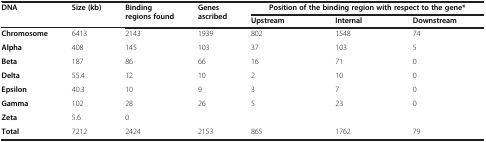
<table><thead><tr><td rowspan="2"><b>DNA</b></td><td rowspan="2"><b>Size (kb)</b></td><td rowspan="2"><b>Binding regions found</b></td><td rowspan="2"><b>Genes ascribed</b></td><td colspan="3"><b>Position of the binding region with respect to the gene*</b></td></tr><tr><td><b>Upstream</b></td><td><b>Internal</b></td><td><b>Downstream</b></td></tr></thead><tbody><tr><td><b>Chromosome</b></td><td>6413</td><td>2143</td><td>1939</td><td>802</td><td>1548</td><td>74</td></tr><tr><td><b>Alpha</b></td><td>408</td><td>145</td><td>103</td><td>37</td><td>103</td><td>5</td></tr><tr><td><b>Beta</b></td><td>187</td><td>86</td><td>66</td><td>16</td><td>71</td><td>0</td></tr><tr><td><b>Delta</b></td><td>55.4</td><td>12</td><td>10</td><td>2</td><td>10</td><td>0</td></tr><tr><td><b>Epsilon</b></td><td>40.3</td><td>10</td><td>9</td><td>3</td><td>7</td><td>0</td></tr><tr><td><b>Gamma</b></td><td>102</td><td>28</td><td>26</td><td>5</td><td>23</td><td>0</td></tr><tr><td><b>Zeta</b></td><td>5.6</td><td>0</td><td> </td><td> </td><td> </td><td> </td></tr><tr><td><b>Total</b></td><td>7212</td><td>2424</td><td>2153</td><td>865</td><td>1762</td><td>79</td></tr></tbody></table>